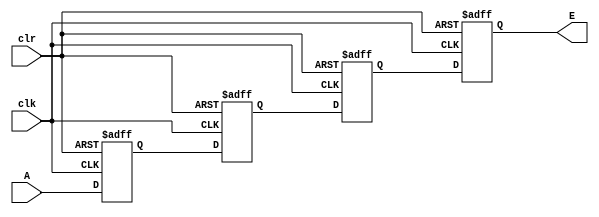
module shift_register(clk, clr, A, E);
reg B, C, D;
input A, clk, clr;
output reg E;

always @(posedge clk, negedge clr)
begin
    if(!clr) 
    begin 
        B <= 0;
        C <= 0;
        D <= 0;
        E <= 0;
    end
    else
    begin 
        B <= A;
        C <= B;
        D <= C;
        E <= D;
    end
end
endmodule